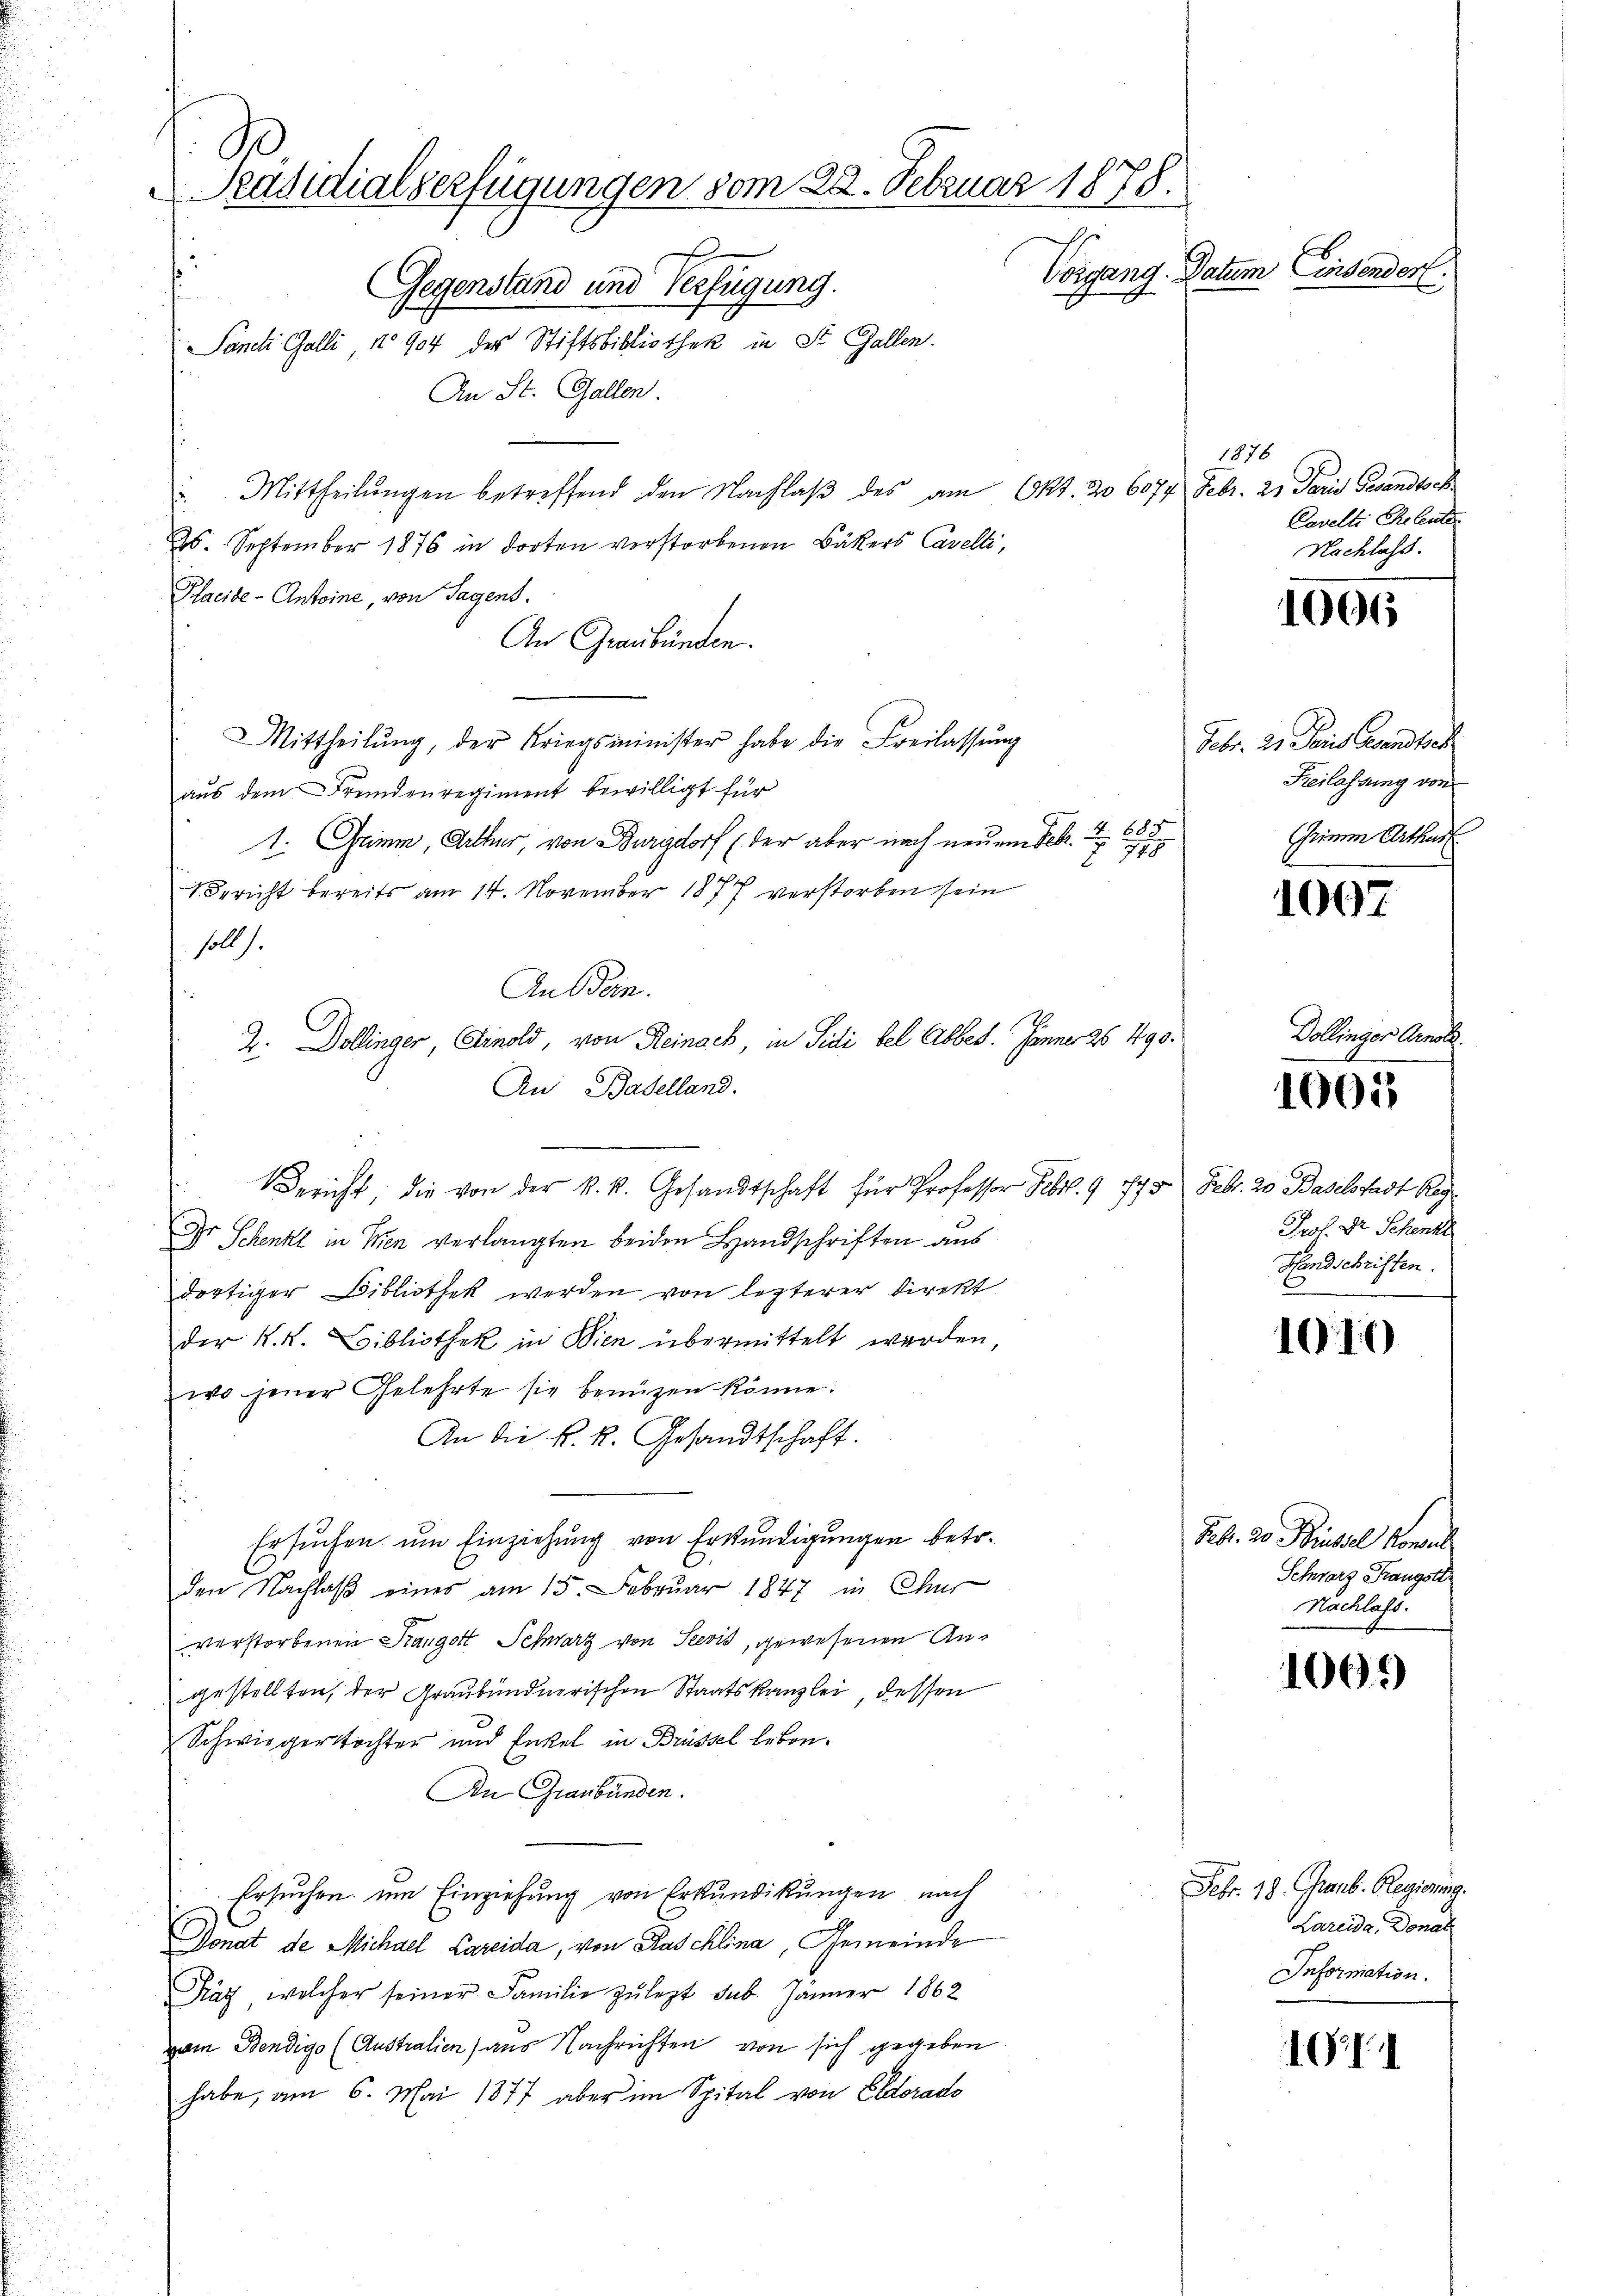
90
Präsidialzerfügungen vom 22. Februar 1878.
h
Vorgang. Datum ersender.
Gegenstand und Verfügung.
s
Sancti Galli 1904 des Stiftsbibliothek in St. Gallen.

An St. Gallen.
Mittheilŭngen betreffend den Nachlaβ des am Okt. 20 6077 Febr. 2. Paris Gesandtsch
.
25. September 1876 in dorten verstorbenen Bäkers Cavelli,
Hlacide - Antoine, von Tagens.
An Graubünden.
Mittheilŭng, der Kriegsminister habe die Freilassŭng
aus dem Fremdenregiment bewilligt für
1. Grimm, Arthur, von Burgdorf (der aber nach neuem Febr. 685
 748
1. Bericht bereits am 14. November 1877 verstorben sein
soll).
An sein.
Z. Dollinger Finold, von Reinack, in Sidi bel Abbes. Janner 26 490.
An Badelland.
Bericht die von der k. k. Gesandtschaft für Professor Febr. 9 775. Febr. 20 Baselstadt Reg
Dr. Schenkel in Wien verlangten beiden Handschriften aus
dortiger Bibliothek werden von lezterer Direkt
der K. K. Bibliothek in Wien übermittelt werden,
wo jener Gelehrte sie benützen könne.
An die k. k. Gesandtschaft.
Ersuchen um Einziehung von Erkundigungen betr.
den Nachlaβ eines am 15. Februar 1847 in Chur
verstorbenen Rangott Schwarz von Seevis, gewesenen Angestellten, der Graubündnerischen Staatskanzlei, dessen
Schwiegerstochter und Enkel in Brüssel leben¬
An Graubünden.
Ersuchen, um Einziehung von Erkundikungen nach
Donat de Michael Careida, von Kaschlina, Gemeinde
Kät, welcher seiner Familie zulezt sub. Jänner 1862
em Bendigo (Austratien) aus Nachrichten von sich gegeben
habe, am 6. Mai 1877 aber im Spital von Eldorado

1976
Cavelle Beleute
Nachlass.

1006

Febr. 2. Paris Gesandtsch
Freilassung von
Grimm Arthur

1007

Collenger Berech

1001

Prof. Dr. Schenkt
Handschriften.

1010

Febr. 20. Brustel Konsul
Schwarz Rangste
Nachlass.

1069

Febr. 18. Graub. Regierung.
Lareida Donal
Information.

10